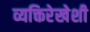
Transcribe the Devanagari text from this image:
व्यक्तिरेखेशी